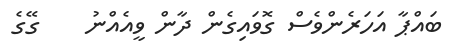
ބައްޕާ އަހަރެންވެސް ގޮވައިގެން ދާން ވީއެއްނު    ގޭގެ